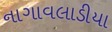
નાગાવલાડીયા